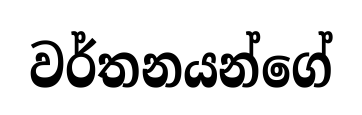
වර්තනයන්ගේ